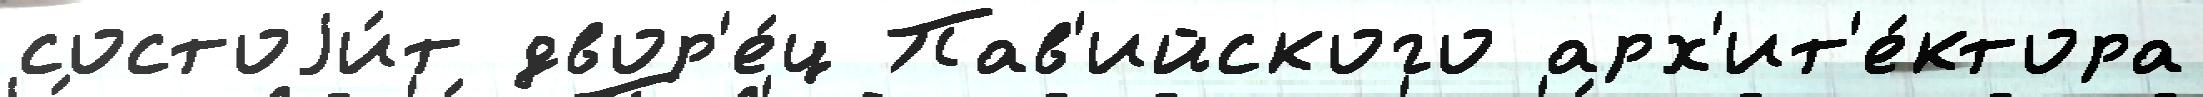
состоjи́т двор'е́ц Пав'ийского арх'ит'е́ктора